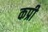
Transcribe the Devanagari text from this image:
कप्री